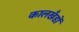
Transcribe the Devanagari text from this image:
कालखँडों